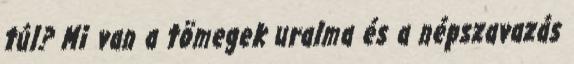
túl? Mi van a tömegek uralma és a népszavazás